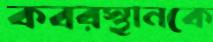
কবরস্থানকে